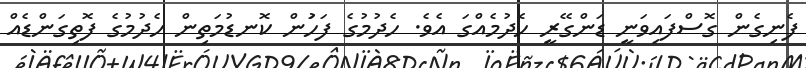
ފެނިގެން ގޮސްފައިވަނީ ޑަންގޭރީ ހެދުމެއްގަ އެވެ. ހެދުމުގެ ފަހަުން ކޮނޑުމަތިން ހެދުމުގެ ފޮތިގަންޑެއް